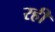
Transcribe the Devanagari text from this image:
रही